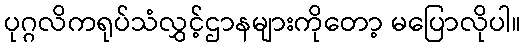
ပုဂ္ဂလိကရုပ်သံလွှင့်ဌာနများကိုတော့ မပြောလိုပါ။